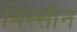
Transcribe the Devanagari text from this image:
निस्सीन